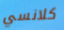
كلانسي